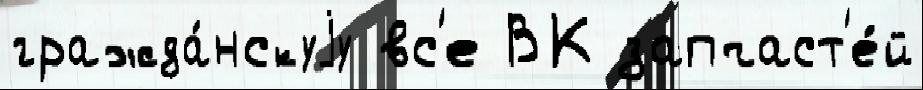
гражда́нскуjу вс'е ВК запчаст'е́й